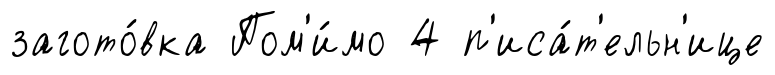
загото́вка Пом'и́мо 4 п'иса́т'ельн'ице